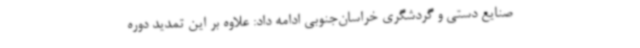
صنایع دستی و گردشگری خراسان‌جنوبی ادامه داد: علاوه بر این تمدید دوره